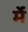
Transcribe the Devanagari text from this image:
र्मे